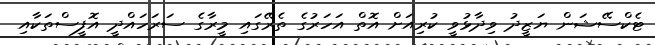
ޓެކްސޭޝަން ޔަޒީދު ވިދާޅުވީ ކުރިއަށް އޮތް އަހަރުގެ ތެރޭގައި މީރާގެ ސަރަހައްދީ އޮފީސްތަކާއި